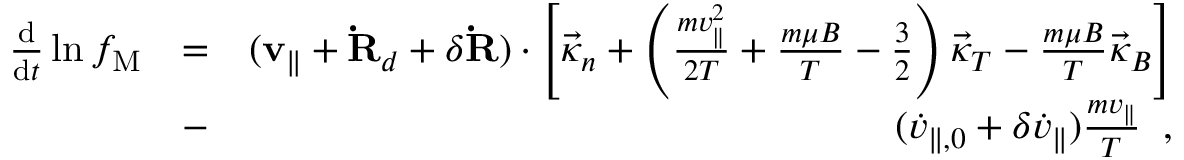
\begin{array} { r l r } { \frac { \mathrm { d } } { \mathrm { d } t } \ln f _ { \mathrm { M } } } & { = } & { ( { \bf v } _ { \| } + { \bf \dot { R } } _ { d } + \delta { \bf \dot { R } } ) \cdot \left[ { \vec { \kappa } } _ { n } + \left( \frac { m v _ { \| } ^ { 2 } } { 2 T } + \frac { m \mu B } { T } - \frac { 3 } { 2 } \right) \vec { \kappa } _ { T } - \frac { m \mu B } { T } \vec { \kappa } _ { B } \right] } \\ & { - } & { ( \dot { v } _ { \parallel , 0 } + \delta \dot { v } _ { \| } ) \frac { m v _ { \| } } { T } \; \; , } \end{array}